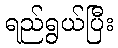
ရည်ရွယ်ပြီး